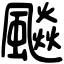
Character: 飈